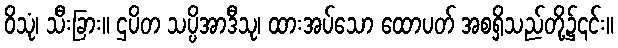
ဝိသုံ၊ သီးခြား။ ဌပိတ သပ္ပိအာဒီသု၊ ထားအပ်သော ထောပတ် အစရှိသည်တို့၌၎င်း။